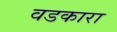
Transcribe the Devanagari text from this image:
वडकारा